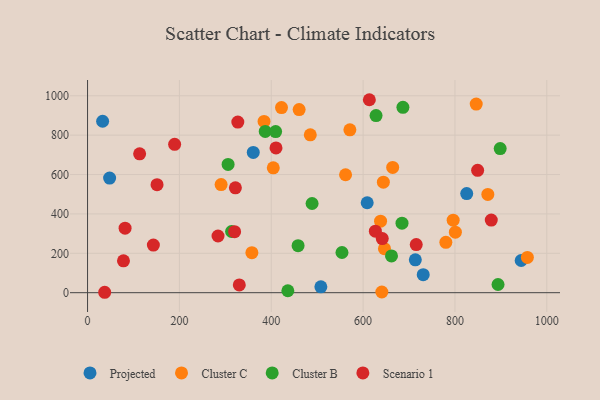
{"axis": {"x": "Ad Spend", "y": "Salary"}, "legend": ["Cluster B", "Cluster C", "Projected", "Scenario 1"], "data": [{"x": "48.0", "y": 582.0, "type": "Projected"}, {"x": "713.7", "y": 166.9, "type": "Projected"}, {"x": "944.2", "y": 163.5, "type": "Projected"}, {"x": "32.8", "y": 870.7, "type": "Projected"}, {"x": "730.9", "y": 91.3, "type": "Projected"}, {"x": "360.8", "y": 712.4, "type": "Projected"}, {"x": "508.0", "y": 29.7, "type": "Projected"}, {"x": "608.9", "y": 456.8, "type": "Projected"}, {"x": "825.6", "y": 503.2, "type": "Projected"}, {"x": "638.0", "y": 363.1, "type": "Cluster C"}, {"x": "871.6", "y": 499.0, "type": "Cluster C"}, {"x": "646.5", "y": 223.6, "type": "Cluster C"}, {"x": "422.3", "y": 939.8, "type": "Cluster C"}, {"x": "357.8", "y": 203.4, "type": "Cluster C"}, {"x": "485.0", "y": 801.7, "type": "Cluster C"}, {"x": "796.1", "y": 368.2, "type": "Cluster C"}, {"x": "846.3", "y": 957.7, "type": "Cluster C"}, {"x": "561.8", "y": 599.0, "type": "Cluster C"}, {"x": "404.4", "y": 633.9, "type": "Cluster C"}, {"x": "957.7", "y": 179.3, "type": "Cluster C"}, {"x": "780.2", "y": 255.9, "type": "Cluster C"}, {"x": "290.8", "y": 549.2, "type": "Cluster C"}, {"x": "384.3", "y": 869.7, "type": "Cluster C"}, {"x": "644.1", "y": 561.3, "type": "Cluster C"}, {"x": "664.4", "y": 636.1, "type": "Cluster C"}, {"x": "800.9", "y": 307.5, "type": "Cluster C"}, {"x": "640.8", "y": 3.4, "type": "Cluster C"}, {"x": "460.7", "y": 930.1, "type": "Cluster C"}, {"x": "571.2", "y": 827.1, "type": "Cluster C"}, {"x": "488.9", "y": 453.0, "type": "Cluster B"}, {"x": "893.8", "y": 41.7, "type": "Cluster B"}, {"x": "458.4", "y": 238.5, "type": "Cluster B"}, {"x": "686.7", "y": 941.5, "type": "Cluster B"}, {"x": "313.6", "y": 310.8, "type": "Cluster B"}, {"x": "628.2", "y": 899.5, "type": "Cluster B"}, {"x": "386.9", "y": 819.0, "type": "Cluster B"}, {"x": "554.0", "y": 204.2, "type": "Cluster B"}, {"x": "661.8", "y": 186.5, "type": "Cluster B"}, {"x": "306.0", "y": 651.2, "type": "Cluster B"}, {"x": "898.5", "y": 732.0, "type": "Cluster B"}, {"x": "436.1", "y": 9.9, "type": "Cluster B"}, {"x": "684.7", "y": 353.1, "type": "Cluster B"}, {"x": "409.5", "y": 818.3, "type": "Cluster B"}, {"x": "78.2", "y": 161.7, "type": "Scenario 1"}, {"x": "626.7", "y": 312.4, "type": "Scenario 1"}, {"x": "879.1", "y": 368.6, "type": "Scenario 1"}, {"x": "143.3", "y": 241.6, "type": "Scenario 1"}, {"x": "189.6", "y": 753.5, "type": "Scenario 1"}, {"x": "37.3", "y": 2.1, "type": "Scenario 1"}, {"x": "613.6", "y": 979.9, "type": "Scenario 1"}, {"x": "320.2", "y": 310.0, "type": "Scenario 1"}, {"x": "113.4", "y": 705.3, "type": "Scenario 1"}, {"x": "330.4", "y": 39.2, "type": "Scenario 1"}, {"x": "715.7", "y": 244.4, "type": "Scenario 1"}, {"x": "284.1", "y": 287.8, "type": "Scenario 1"}, {"x": "327.2", "y": 866.5, "type": "Scenario 1"}, {"x": "321.9", "y": 532.7, "type": "Scenario 1"}, {"x": "410.3", "y": 734.9, "type": "Scenario 1"}, {"x": "151.3", "y": 548.6, "type": "Scenario 1"}, {"x": "641.7", "y": 274.8, "type": "Scenario 1"}, {"x": "849.4", "y": 621.6, "type": "Scenario 1"}, {"x": "81.7", "y": 327.6, "type": "Scenario 1"}]}